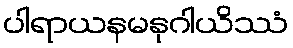
ပါရာယနမနုဂါယိဿံ